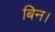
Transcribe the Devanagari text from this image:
बिन।